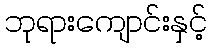
ဘုရားကျောင်းနှင့်